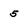
Character: 5